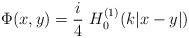
LaTeX: \begin{align*}\Phi(x,y) = \dfrac{i}{4} \ H_{0}^{(1)}(k|x-y|)\end{align*}